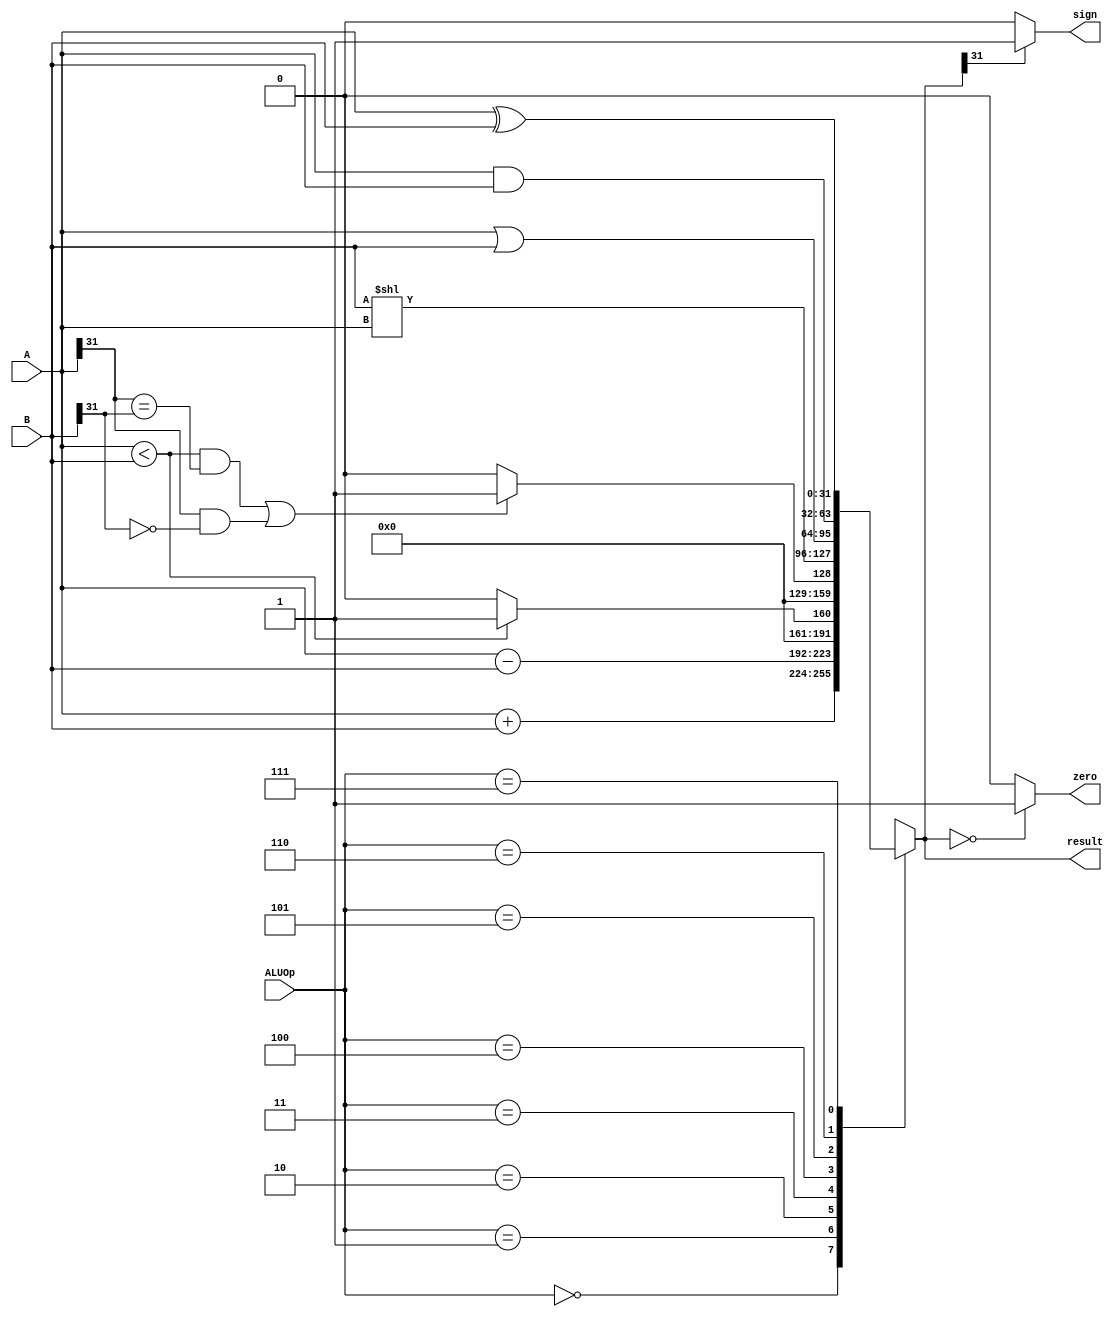
`timescale 1ns / 1ps
module ALU(
    input [2:0] ALUOp,
    input [31:0] A,
    input [31:0] B,
    output reg [31:0] result,
    output zero,
    output sign
    );
 
    assign zero = (result==0)?1:0;
    assign sign = result[31] == 0 ? 0 : 1;
    always @( ALUOp or A or B ) begin
        case (ALUOp)
          3'b000 : result = A + B;
          3'b001 : result = A - B;
          3'b010 : result = (A < B) ? 1 : 0; 
          3'b011 : result = (A < B && A[31] == B[31] || 
                                          A[31] == 1 && B[31] == 0) ? 1:0;
          3'b100 : result = B << A;
          3'b101 : result = A | B;
          3'b110 : result = A & B; 
          3'b111 : result = A ^ B;
         default : result = 32'h00000000;
         endcase
     end
endmodule